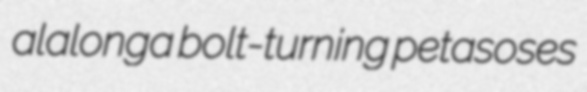
alalonga bolt-turning petasoses